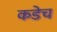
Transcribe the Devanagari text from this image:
कडेच